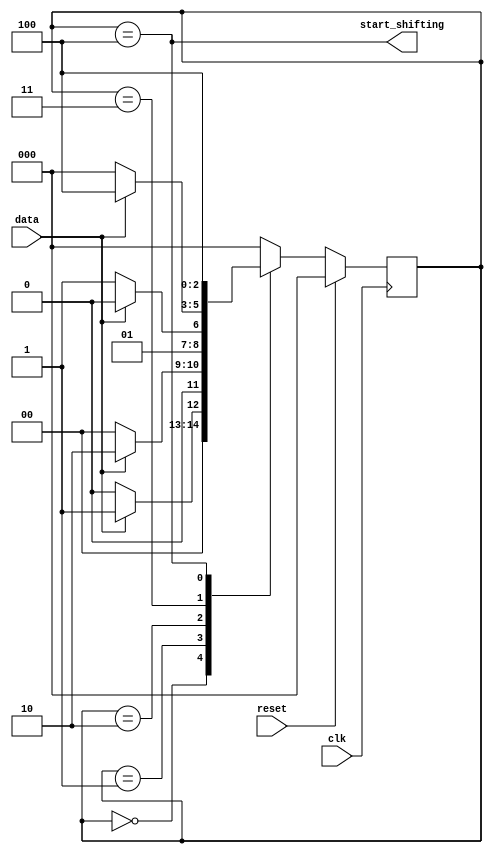
module top_module (
    input clk,
    input reset,      // Synchronous reset
    input data,
    output start_shifting);
    parameter A=0, B=1, C=2, D=3, E=4;
    reg [2:0] state,next_state;
    always@(posedge clk)
        begin
            if(reset) state<=A;
            else state<=next_state;
        end
    always@(*)
        begin
            case(state)
                A:next_state<=data?B:A;
                B:next_state<=data?C:A;
                C:next_state<=data?C:D;
                D:next_state<=data?E:A;
                E:next_state<=E;
                default:next_state<=A;
            endcase
        end
    assign start_shifting = (state == E);
endmodule